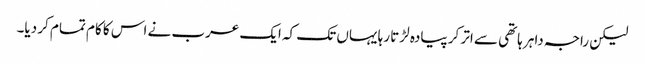
لیکن راجہ داہر ہاتھی سے اتر کر پیادہ لڑتا رہا یہاں تک کہ ایک عرب نے اس کا کام تمام کر دیا۔